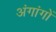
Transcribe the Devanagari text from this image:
अंगांगों